Lunatic asylums Bombay report 1878-1890 - 1878-1890
Year: 1878
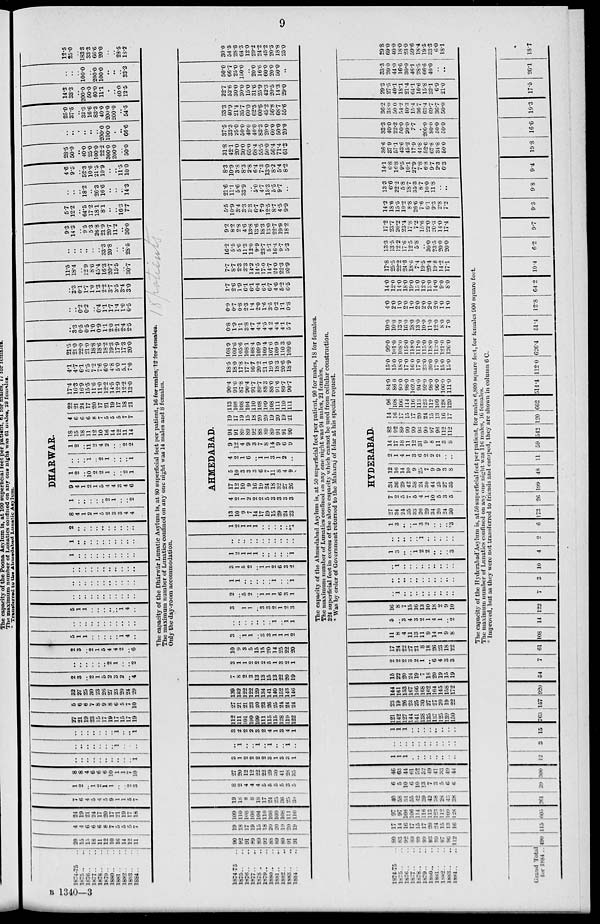
9
1874-75 ..
1875 .. ..
1876 .. ..
1877 .. ..
1878 .. ..
1879 .. ..
1880 .. ..
1881 .. ..
1882 .. ..
1883 .. ..
1884 .. ..
20
15
15
18
11
12
10
16
14
12
11
4
4
6
6
6
8
7
5
5
5
7
24
19
21
24
17
20
17
21
19
17
18
7
6
4
5
4
5
9
1
1
5
7
1
2
..
1
2
1
1
..
..
2
3
8
8
4
6
6
6
10
1
1
7
10
..
..
..
..
..
..
..
..
..
..
1
..
..
..
..
..
..
..
1
..
..
..
..
..
..
..
..
..
..
1
..
..
1
27
21
19
23
15
17
19
17
15
17
19
5
6
6
7
8
9
8
6
5
7
10
32
27
25
30
23
26
27
23
20
24
29
2
3
..
2
1
5
2
3
2
..
4
..
..
..
..
..
..
2
1
..
..
2
2
3
..
2
1
5
4
4
2
..
6
5
1
1
..
..
..
..
..
1
4
..
..
..
..
..
..
..
..
..
..
..
..
5
1
1
..
..
..
..
..
1
4
..
..
..
..
..
..
..
..
..
..
..
..
..
..
..
..
..
..
..
..
..
..
..
..
..
..
..
..
..
..
..
..
..
..
1
..
..
..
..
..
..
..
..
..
..
1
..
..
..
..
..
..
..
..
..
..
2
..
..
..
..
..
..
..
..
..
..
DHARWAR.
8
4
1
2
1
5
2
3
3
4
4
1
..
..
..
..
..
2
1
..
..
2
9
4
1
2
1
5
4
4
3
4
6
1
2
..
10
2
2
1
..
..
2
1
..
..
..
1
..
2
1
..
..
..
1
1
2
..
11
2
4
2
..
..
2
2
18
15
18
11
12
10
16
14
12
11
14
4
6
6
6
8
7
5
5
5
7
7
22
21
24
17
20
17
21
19
17
18
21
17.4
16.3
16.9
15.5
11.6
11.0
12.2
14.5
12.9
12.2
13.0
4.1
4.7
6.1
5.5
7.2
7.6
6.0
4.8
5.0
5.1
7.0
21.5
21.0
22.0
21.0
18.8
18.6
18.2
19.3
17.9
17.3
20.0
..
3.3
0.5
0.5
1.0
0.9
1.1
2.0
2.1
2.4
2.5
..
..
0.2
0.2
..
0.4
1.1
1.7
1.4
1.0
0.5
..
3.3
0.1
1.7
1.0
1.3
2.2
3.7
3.5
3.4
3.0
11.5
18.4
..
12.9
8.6
45.4
16.3
20.7
15.5
..
30.7
..
..
..
..
..
..
33.3
20.8
..
..
28.5
9.3
14.3
..
9.5
5.3
26.8
21.9
20.7
11.2
..
30.0
5.7
12.2
..
64.5
17.2
18.1
8.1
..
...
16.3
7.7
..
..
..
18.2
..
26.3
16.6
..
..
..
14.3
4.6
9.5
..
52.3
10.6
21.5
10.9
..
..
11.5
10.0
28.5
50.0
..
40.0
25.0
100.0
22.2
300.0
200.0
..
50.0
..
..
.
..
..
..
200.0
100.0
..
..
66.6
25.0
37.5
..
33.3
16.6
83.3
40.0
200.0
200.0
..
54.5
14.3
33.3
..
200.0
50.0
40.0
11.1
..
..
40.0
12.5
..
..
..
100.0
..
200.0
100.0
..
..
..
33.3
12.5
25.0
..
183.3
33.3
66.6
20.0
..
..
28.5
18.2
The capacity of the Dhárwár Lunatic Asylum is, at 80 superficial feet per patient, 16 for males, 12 for females.
The maximum number of Lunatics confined on any one night was 14 males and 8 females.
Only the day-room accommodation.
1874-75 ..
1875 .. ..
1876 .. ..
1877 .. ..
1878 .. ..
1879 ..
1880 .. ..
1881 .. ..
1882 .. ..
1883 .. ..
1884 .. ..
90
92
91
89
89
92
88
89
89
91
91
19
18
17
19
15
18
20
20
19
20
19
109
110
108
108
104
110
108
109
108
111
110
19
18
8
8
18
17
24
25
36
25
30
8
2
4
4
4
5
5
5
5
3
5
27
20
12
12
22
22
29
30
41
28
35
3
1
2
2
2
2
3
1
3
3
1
..
1
..
..
1
..
1
..
..
1
..
3
2
2
2
3
2
4
1
3
4
1
112
111
101
199
109
111
115
115
128
119
122
27
21
21
23
20
23
26
25
24
24
24
139
132
122
122
129
134
141
140
152
143
146
7
8
2
3
13
13
15
13
22
20
19
3
1
1
2
2
2
5
1
3
2
1
10
9
3
5
15
15
20
14
25
22
20
3
..
1
1
..
3
3
1
1
1
2
..
..
..
..
..
..
..
1
..
1
1
3
..
1
1
..
3
3
2
1
2
3
2
..
5
2
..
1
1
1
6
3
1
1
1
..
..
..
..
..
1
..
..
1
3
1
5
2
..
1
1
2
6
3
2
1
2
1
1
1
..
..
..
..
..
1
..
..
..
..
..
..
..
..
..
..
..
1
2
1
1
1
..
..
..
..
..
*1
AHMEDABAD.
13
10
9
7
14
17
19
15
29
24
23
4
2
1
2
2
2
5
3
3
3
3
17
12
10
9
16
19
24
18
32
27
26
5
10
3
3
3
6
7
11
8
4
9
4
2
1
6
..
1
1
3
1
2
..
9
12
4
9
3
7
8
14
9
6
9
94
91
89
89
92
88
89
89
91
91
90
19
17
19
15
18
20
20
19
20
19
21
113
108
108
104
110
108
109
108
111
110
111
90.4
91.6
87.8
90.4
91.7
89.7
88.3
88.0
91.6
89.7
90.7
18.5
18.0
17.8
17.7
16.7
20.2
21.1
19.6
18.3
20.6
18.9
108.9
109.6
105.6
108.1
108.4
109.9
109.4
107.6
109.9
110.3
109.6
0.8
1.9
1.1
3.8
4.7
4.4
4.5
4.2
4.4
4.1
5.7
0.9
0.7
0.8
2.3
1.4
2.0
1.6
3.5
0.2
1.1
0.8
1.7
2.6
1.9
6.1
6.1
6.4
6.1
6.7
4.6
5.2
6.5
7.7
8.7
2.3
3.3
14.2
14.5
17.0
14.7
24.0
22.3
20.9
16.2
5.5
5.6
11.3
12.0
9.9
23.7
5.1
16.4
9.7
5.3
9.2
8.2
2.8
4.6
13.8
13.6
18.3
13.0
22.7
19.9
18.2
5.5
10.9
3.4
3.3
3.3
6.7
7.9
12.5
8.7
4.5
9.9
21.6
11.1
5.6
33.9
..
5.0
4.7
15.3
5.5
9.7
..
8.3
10.9
3.8
8.3
2.8
6.4
7.3
13.0
8.2
5.4
8.2
31.8
42.1
20.0
30.0
65.0
68.4
55.5
50.0
56.4
71.4
61.3
37.5
33.3
25.0
50.0
40.0
40.0
83.3
20.0
60.0
50.0
20.0
33.3
40.9
21.4
35.7
60.0
62.5
60.6
45.2
56.8
68.7
55.6
22.7
52.6
30.0
30.0
15.0
31.6
25.9
42.3
20.5
14.3
29.0
50.0
66.7
25.0
150.0
..
20.0
16.6
60.0
20.0
50.0
..
30.0
54.5
28.6
64.3
12.0
29.2
24.2
45.2
20.5
18.8
25.0
The capacity of the Ahmedabad Asylum is, at 50 superficial feet per patient, 90 for males, 18 for females.
The maximum number of Lunatics confined on any one night was 94 males, 21 females.
324 superficial feet in excess of the above capacity which cannot be used from cellular construction.
* Was by order of Government returned to the Maharaj of Idar at his special request.
1874-75 ..
1875 .. ..
1876 .. ..
1877 .. ..
1878 .. ..
1879 .. ..
1880 .. ..
1881 .. ..
1882 .. ..
1883 .. ..
1884 .. ..
80
83
92
89
99
99
93
99
97
96
112
17
14
16
17
15
17
20
24
15
13
16
97
97
108
106
114
116
113
123
112
109
128
40
58
34
55
42
39
42
38
28
43
38
6
5
10
6
10
13
7
3
5
6
6
46
63
44
61
52
52
49
41
33
49
44
1
1
1
..
..
..
..
..
..
..
..
..
..
..
..
..
..
..
..
..
..
..
1
1
1
..
..
..
..
..
..
..
..
121
142
127
144
141
138
135
137
125
139
150
23
19
26
23
25
30
27
27
20
19
22
144
161
153
167
166
168
162
164
145
158
172
15
22
20
24
19
7
18
20
19
15
19
2
2
2
3
2
1
..
6
4
3
3
17
24
22
27
21
8
18
26
23
18
22
11
8
4
11
13
11
9
14
1
9
8
5
..
3
4
3
2
1
4
1
..
2
16
8
7
15
16
13
10
18
2
9
10
..
1
..
..
..
..
..
..
..
..
..
..
..
..
..
..
..
..
..
..
..
..
..
1
..
..
..
..
..
..
..
..
..
1
3
..
..
1
2
2
..
..
..
3
..
..
..
..
..
1
..
..
..
..
..
1
3
..
..
1
3
2
..
..
..
*3
HYDERABAD.
27
34
24
35
33
20
29
34
20
24
30
7
2
5
7
5
4
1
10
5
3
5
34
36
29
42
38
24
30
44
25
27
35
12
16
14
10
9
25
7
9
9
3
8
2
1
4
1
3
6
2
2
2
..
..
14
17
18
11
12
31
9
8
11
3
8
82
92
89
99
99
93
99
97
96
112
112
14
16
17
15
17
20
24
15
13
16
17
96
108
106
114
116
113
123
112
109
128
129
84.0
86.0
90.0
98.0
102.0
94.0
92.0
98.0
96.0
106.0
111.0
15.0
15.0
18.0
17.0
16.0
17.0
23.0
20.0
17.0
15.0
15.0
99.0
101.0
108.0
115.0
118.0
111.0
115.0
118.0
113.0
121.0
126.0
10.0
10.0
13.0
16.0
18.0
13.0
10.0
11.0
12.0
8.0
7.0
4.0
2.0
1.0
2.0
1.0
2.0
2.0
2.0
2.0
1.0
1.0
14.0
12.0
14.0
18.0
19.0
15.0
12.0
13.0
14.0
9.0
8.0
17.8
25.5
22.2
24.6
18.6
7.4
19.5
20.4
19.8
14.2
17.1
13.3
13.5
12.2
17.6
12.5
5.8
..
30.0
23.5
20.0
20.0
17.2
23.7
20.2
23.4
17.8
7.2
15.6
22.0
20.3
14.0
17.4
14.2
18.6
15.5
10.2
8.8
26.6
7.6
6.1
9.3
2.8
7.2
13.3
6.6
22.2
5.8
18.7
35.3
8.7
10.0
11.8
..
..
14.1
6.8
16.8
9.5
10.1
27.9
7.8
6.8
9.7
2.3
6.3
36.6
37.9
57.1
43.6
45.2
17.9
42.8
52.6
67.8
34.8
50.0
33.3
40.0
22.2
50.0
20.0
7.7
..
200.0
80.0
50.0
50.0
36.2
38.0
50.0
54.2
40.3
15.4
36.7
63.4
69.7
36.7
50.0
29.3
27.5
40.1
18.1
21.4
64.1
16.6
15.8
32.1
6.9
21.0
33.3
20.0
44.0
16.6
30.0
46.1
28.5
66.6
40.0
..
..
29.8
69.0
40.0
18.0
23.0
59.6
18.4
19.5
33.3
6.0
18.1
The capacity of the Hyderabad Asylum is, at 50 superficial feet per patient, for males 6,800 square feet, for females 900 square feet.
The maximum number of Lunatics confined on any one night was 116 males, 16 females.
* Improved, but as they were not transferred to friends and escaped, they are shown in column 6 C.
Grand Total
for
1884
..
490
115 605
261
39
300
12
3
15 763 157 920
54
7 61 108 14 122
7
3
10
4
2
6 173
26 199
48
11 59 542 120 662
514.4 112.0 626.4
51.4
12.8
64.2
10.4
6.2
9.7
9.3
9.8
9.4
19.8
16.6
19.3
17.5
26.1
18.7
B 1340—3